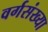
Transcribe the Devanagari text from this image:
वर्गसंख्या